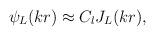
LaTeX: \begin{align*}\psi_L (kr)\approx C_l J_L (kr), \end{align*}